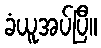
ခံယူအပ်ပြီ။